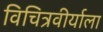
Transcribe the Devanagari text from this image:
विचित्रवीर्याला